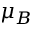
\mu _ { B }